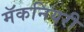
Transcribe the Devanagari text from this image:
मॅकनियरी